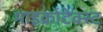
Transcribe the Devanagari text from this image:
माइक्रोटेक्स्ट